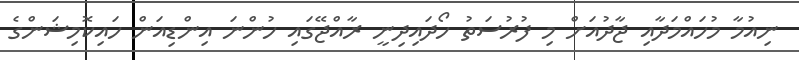
ނިއުމާ މުހައްމަދާއި ޖާދުއަށް މި ފުރުސަތު ހޯދައިދިނީ ރާއްޖޭގައި ހުންނަ އިންޑިއަން ހައިކޮމިޝަންގެ